Scottish Leaving Certificate Examination, 1958
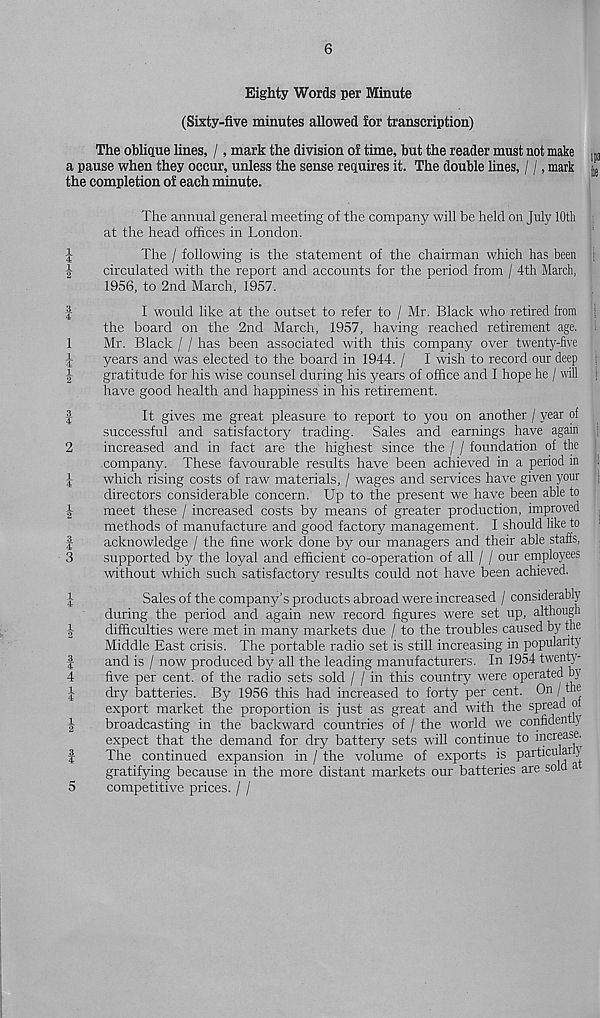
OOtHW
^ bO tH<W
>—* iHCO
6
Eighty Words per Minute
(Sixty-five minutes allowed for transcription)
The oblique lines, /, mark the division of time, but the reader must not make ipa
a pause when they occur, unless the sense requires it. The double fines, / /, mark
the completion of each minute.
The annual general meeting of the company will be held on July 10th
at the head offices in London.
The / following is the statement of the chairman which has been 1
circulated with the report and accounts for the period from / 4th March,
1956, to 2nd March, 1957.
I would like at the outset to refer to / Mr. Black who retired from !
the board on the 2nd March, 1957, having readied retirement age. 1
Mr. Black / / has been associated with this company over twenty-five
years and was elected to the board in 1944. / I wish to record our deep
gratitude for his wise counsel during his years of office and I hope he / will
have good health and happiness in his retirement.
It gives me great pleasure to report to you on another / year of
successful and satisfactory trading. Sales and earnings have again
increased and in fact are the highest since the / / foundation of the
company. These favourable results have been achieved in a period in .
which rising costs of raw materials, / wages and services have given your
directors considerable concern. Up to the present we have been able to
meet these / increased costs by means of greater production, improved
methods of manufacture and good factory management. I should like to
acknowledge / the fine work done by our managers and their able staffs,
supported by the loyal and efficient co-operation of all / / our employees
without which such satisfactory results could not have been achieved.
Sales of the companjds products abroad were increased / considerably
during the period and again new record figures were set up, although
difficulties were met in many markets due / to the troubles caused by the
Middle East crisis. The portable radio set is still increasing in populantj
and is / now produced by all the leading manufacturers. In 1954 twenty-
five per cent, of the radio sets sold / / in this country were operated by
dry batteries. By 1956 this had increased to forty per cent. On / the
export market the proportion is just as great and with the spread o
broadcasting in the backward countries of / the world we confidently
expect that the demand for dry battery sets will continue to increase.
The continued expansion in / the volume of exports is particular y
gratifying because in the more distant markets our batteries are sold a
5
competitive prices. / /